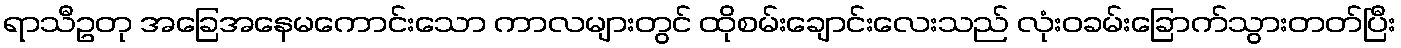
ရာသီဥတု အခြေအနေမကောင်းသော ကာလများတွင် ထိုစမ်းချောင်းလေးသည် လုံးဝခမ်းခြောက်သွားတတ်ပြီး